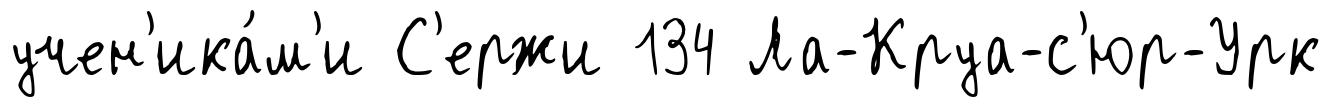
учен'ика́м'и С'ержи 134 Ла-Круа-с'юр-Урк